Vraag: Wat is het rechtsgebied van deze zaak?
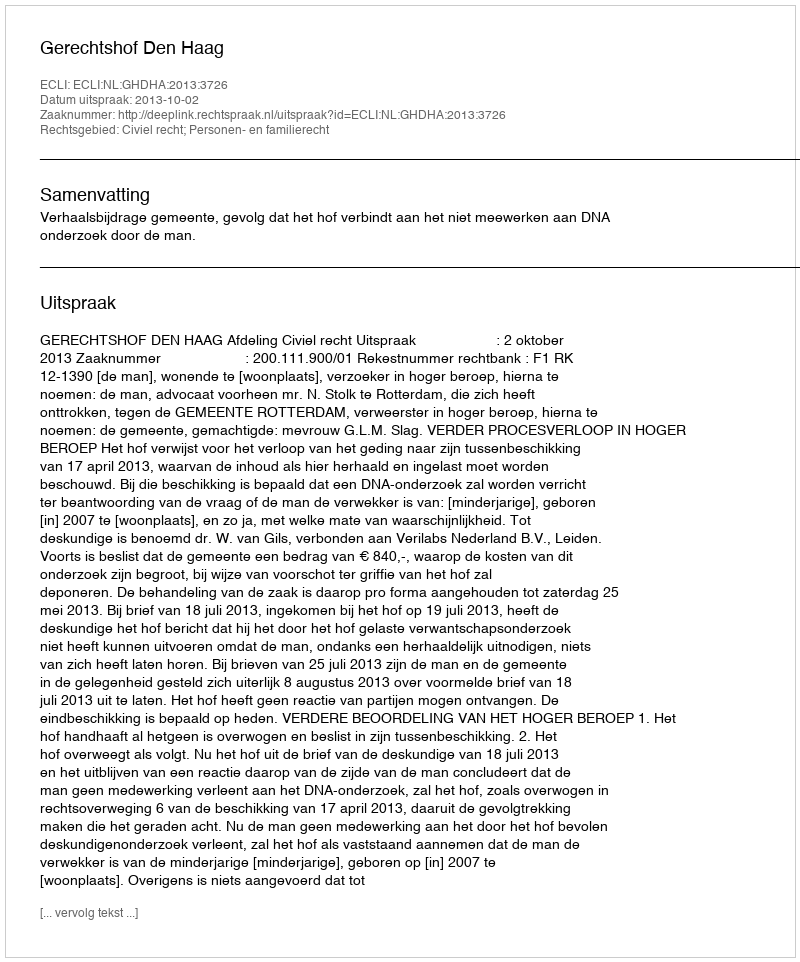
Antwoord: Civiel recht; Personen- en familierecht